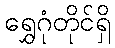
ရွှေဂုံတိုင်ရှိ